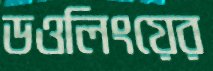
ডওলিংয়ের